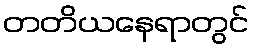
တတိယနေရာတွင်